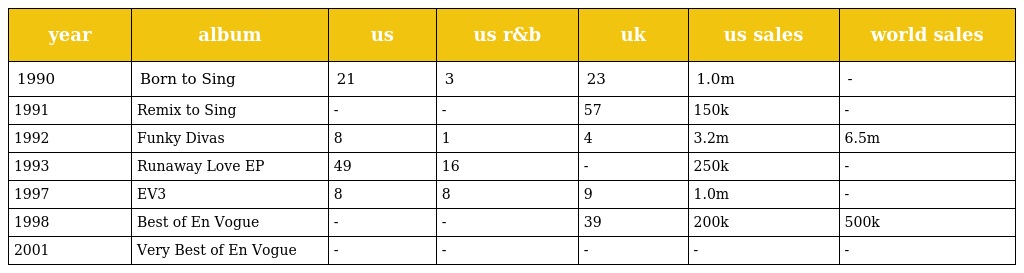
| year | album | us | us r&b | uk | us sales | world sales |
 | --- | --- | --- | --- | --- | --- | --- |
 | 1990 | Born to Sing | 21 | 3 | 23 | 1.0m | - |
 | 1991 | Remix to Sing | - | - | 57 | 150k | - |
 | 1992 | Funky Divas | 8 | 1 | 4 | 3.2m | 6.5m |
 | 1993 | Runaway Love EP | 49 | 16 | - | 250k | - |
 | 1997 | EV3 | 8 | 8 | 9 | 1.0m | - |
 | 1998 | Best of En Vogue | - | - | 39 | 200k | 500k |
 | 2001 | Very Best of En Vogue | - | - | - | - | - |